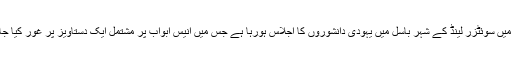
1898 میں سوئٹزر لینڈ کے شہر باسل میں یہودی دانشوروں کا اجلاس ہورہا ہے جس میں انیس ابواب پر مشتمل ایک دستاویز پر غور کیا جارہا ہے۔